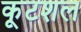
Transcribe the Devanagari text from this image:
कूटशल